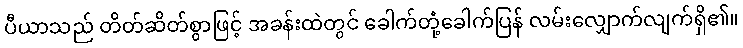
ပီယာသည် တိတ်ဆိတ်စွာဖြင့် အခန်းထဲတွင် ခေါက်တုံ့ခေါက်ပြန် လမ်းလျှောက်လျက်ရှိ၏။